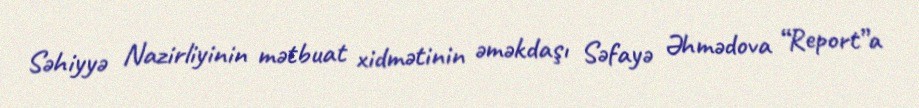
Səhiyyə Nazirliyinin mətbuat xidmətinin əməkdaşı Səfayə Əhmədova “Report”a